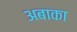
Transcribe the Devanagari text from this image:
अबाका